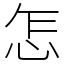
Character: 怎